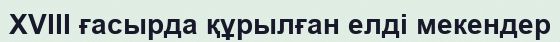
XVIII ғасырда құрылған елді мекендер